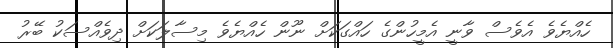
ހެއްޔެވެ އެވެސް ވާނީ އެމީހުންގެ ހައްގަކަށް ނޫން ހެއްޔެވެ މިސާލަކަށް ދިވެއްސަކު ބޭރު